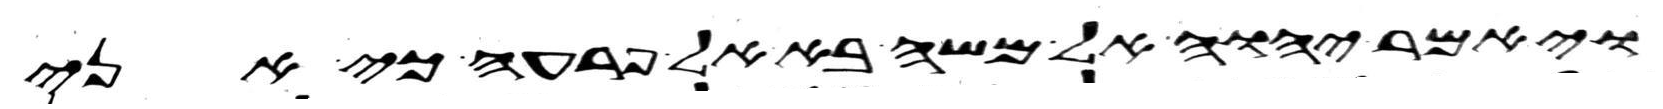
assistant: ויאמר יהוה אל משה בא אל פרעה כי אני